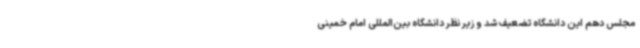
مجلس دهم این دانشگاه تضعیف شد و زیر نظر دانشگاه بین‌المللی امام خمینی